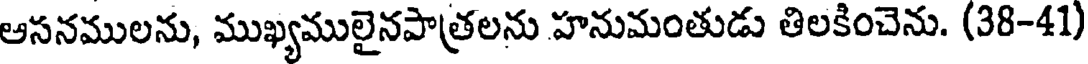
ఆసనములను, ముఖ్యములైనపాత్రలను హనుమంతుడు తిలకించెను. (38-41